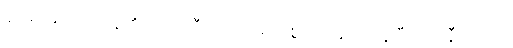
ပွားများအပ်ကုန်၏။ ဗဟုလီကတာ၊ များစွာပြုအပ်ကုန်ပြီ။ ယာနီကတာ၊